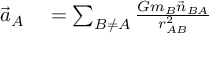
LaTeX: \begin{array} { r l } { { \vec { a } } _ { A } } & { { } = \sum _ { B \not = A } { \frac { G m _ { B } { \vec { n } } _ { B A } } { r _ { A B } ^ { 2 } } } } \end{array}